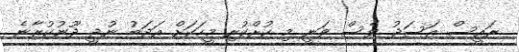
ރައީސް އަސަދު ވެސް ވަނީ މި ކުށްކުރި މީހަކަށް އަދަބު ނުދީ ދޫނުކުރާނެ